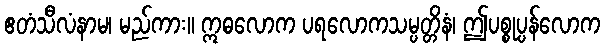
ဧတံသီလံနာမ၊ မည်ကား။ ဣဓလောက ပရလောကသမ္ပတ္တိနံ၊ ဤပစ္စုပ္ပန်လောက